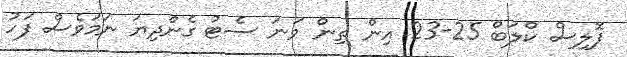
ޕޮލިސް ކްލަބް 25-23 އިން ތިން ވަނަ ސެޓު ގެންދިޔަ ނަމަވެސް ފަހު